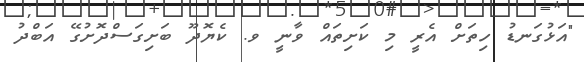
"އަޅުގަނޑު ހިތަށް އެރީ މި ކަށިތައް ވާނީ ވ. ކެޔޮދޫ ބަށިގަސްދޮށުގޭ އަބްދު